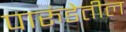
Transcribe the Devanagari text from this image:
पारुंडेतील